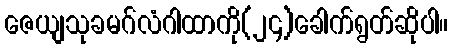
ဇေယျသုခမဂ်လံဂါထာကို(၂၄)ခေါက်ရွတ်ဆိုပါ။